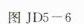
图JD5-6